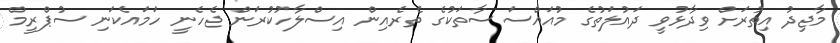
މާޖިދު އިތުރަށް ވިދާޅުވީ ދައުލަތުގެ މުއައްސަސާތަކުގެ ތެރެއިން އިސްލާހުކުރަން ޖެހެނީ ހަމައެކަނި ސުޕްރީމް